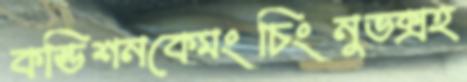
কন্ডিশনকেমংচিংনুভক্সহ